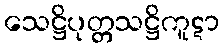
သေဋ္ဌိပုတ္တသဋ္ဌိကူဋာ